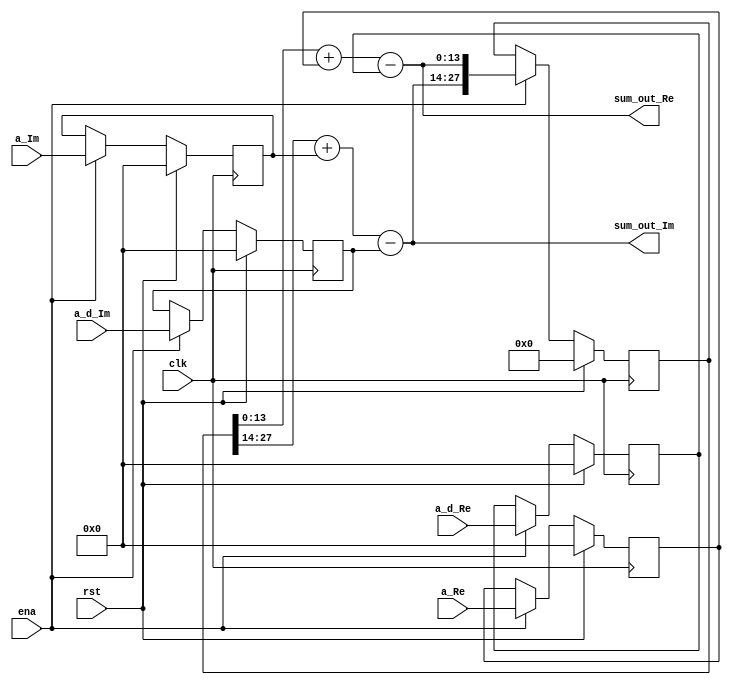
`timescale 1ns / 1ps
//////////////////////////////////////////////////////////////////////////////////
// Company: 
// Engineer: 
// 
// Design Name: 
// Module Name:    Acc_Sum 
// Project Name: 
// Target Devices: 
// Tool versions: 
// Description: 
//
// Dependencies: 
//
// Revision: 
// Revision 0.01 - File Created
// Additional Comments: 
//
//////////////////////////////////////////////////////////////////////////////////
module Acc_Sum #(parameter FBIT2 =7)	//number of P Metric's frational bits
(  input 			clk,rst,
	input 			ena,
	input 			[FBIT2:0] a_Re, a_Im,						// in format 1.FBIT2
	input				[FBIT2:0] a_d_Re, a_d_Im,					// in format 1.FBIT2
	output signed  [6 + FBIT2:0] sum_out_Im, sum_out_Re	// in format 7.FBIT2
   );

reg [FBIT2:0] ia_Re, ia_Im, ia_d_Re, ia_d_Im;
always @(posedge clk)
begin
	if (rst)			begin
		ia_Re 	<= {(FBIT2){1'b0}};
		ia_Im 	<= {(FBIT2){1'b0}};
		ia_d_Re	<= {(FBIT2){1'b0}};
		ia_d_Im	<= {(FBIT2){1'b0}};
		end
	else if(ena)	begin
		ia_Re 	<= a_Re;
		ia_Im 	<= a_Im;
		ia_d_Re 	<= a_d_Re;
		ia_d_Im 	<= a_d_Im;
		end
end

reg [(13+2*FBIT2):0] sum_reg;
always @(posedge clk)
begin
	if (rst)			sum_reg <=  {(14+2*FBIT2){1'b0}};
	else if(ena)	sum_reg <= {sum_out_Im, sum_out_Re};
end

assign sum_out_Re = $signed(sum_reg[6+FBIT2:0]) 				+ $signed({{6{ia_Re[FBIT2]}},ia_Re}) - $signed({{6{ia_d_Re[FBIT2]}},ia_d_Re}); 
assign sum_out_Im = $signed(sum_reg[(13+2*FBIT2):7+FBIT2]) 	+ $signed({{6{ia_Im[FBIT2]}},ia_Im}) - $signed({{6{ia_d_Im[FBIT2]}},ia_d_Im}); 

endmodule